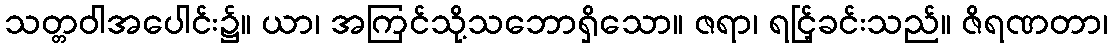
သတ္တဝါအပေါင်း၌။ ယာ၊ အကြင်သို့သဘောရှိသော။ ဇရာ၊ ရင်ြ့ခင်းသည်။ ဇိရဏတာ၊